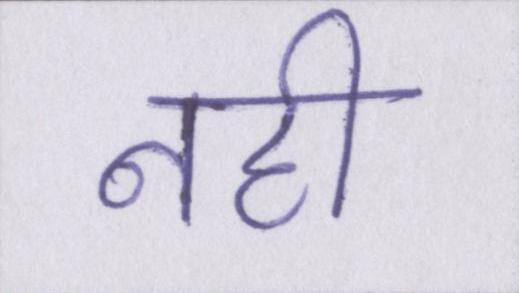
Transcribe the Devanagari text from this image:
नही